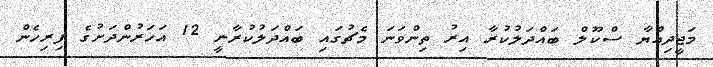
މަޖީދިއްޔާ ސްކޫލް ބައްދަލުކުރާ އިރު ތިންވަނަ މެޗުގައި ބައްދަލުކުރާނީ 12 އަހަރުންދަށުގެ ފިރިހެން